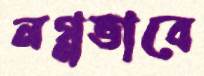
নগ্নভাবে